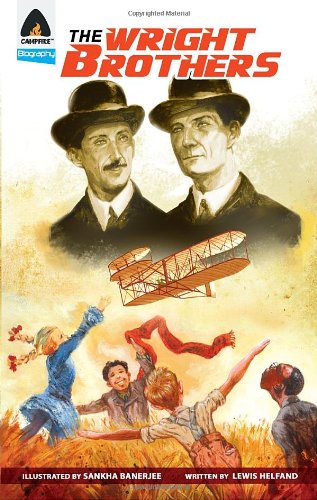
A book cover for The Wright Brothers: A Graphic Novel (Campfire Graphic Novels); Lewis Helfand; Children's Books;